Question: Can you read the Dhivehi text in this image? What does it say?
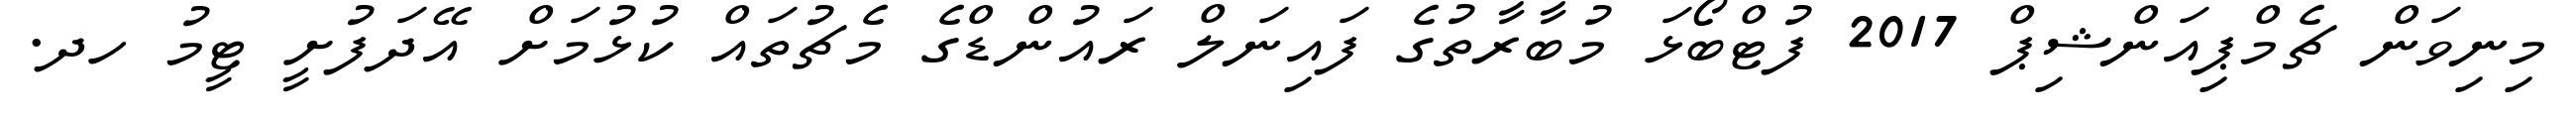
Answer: މިނިވަން ޗެމްޕިއަންޝިޕް 2017 ފުޓްބޯޅަ މުބާރާތުގެ ފައިނަލް ރައުންޑްގެ މެޗުތައް ކުޅުމަށް އޭދަފުށީ ޓީމު ހދ.